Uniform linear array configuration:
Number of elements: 64
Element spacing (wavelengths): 0.5
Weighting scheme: kaiser
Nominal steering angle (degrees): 15
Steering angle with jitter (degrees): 14.98
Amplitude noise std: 0.05
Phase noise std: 0.05

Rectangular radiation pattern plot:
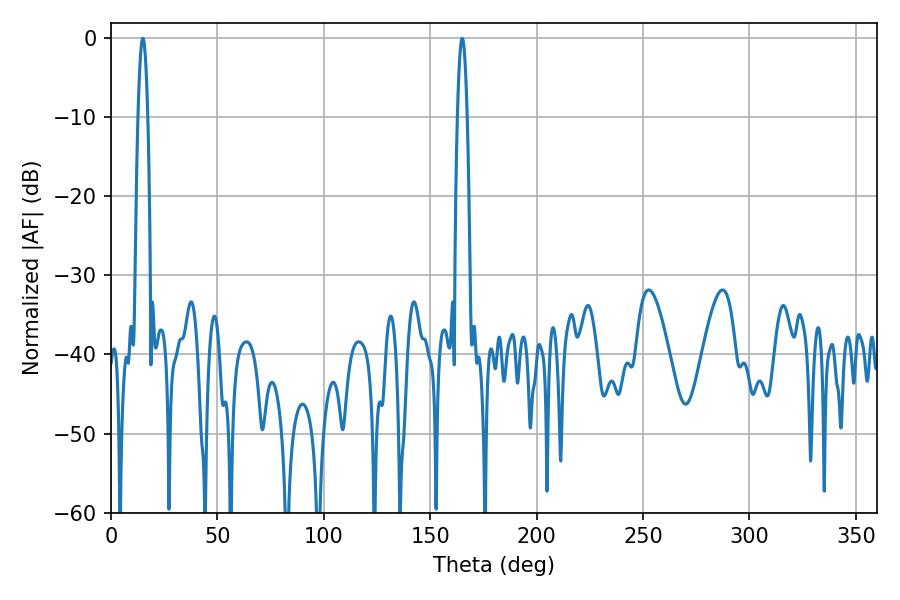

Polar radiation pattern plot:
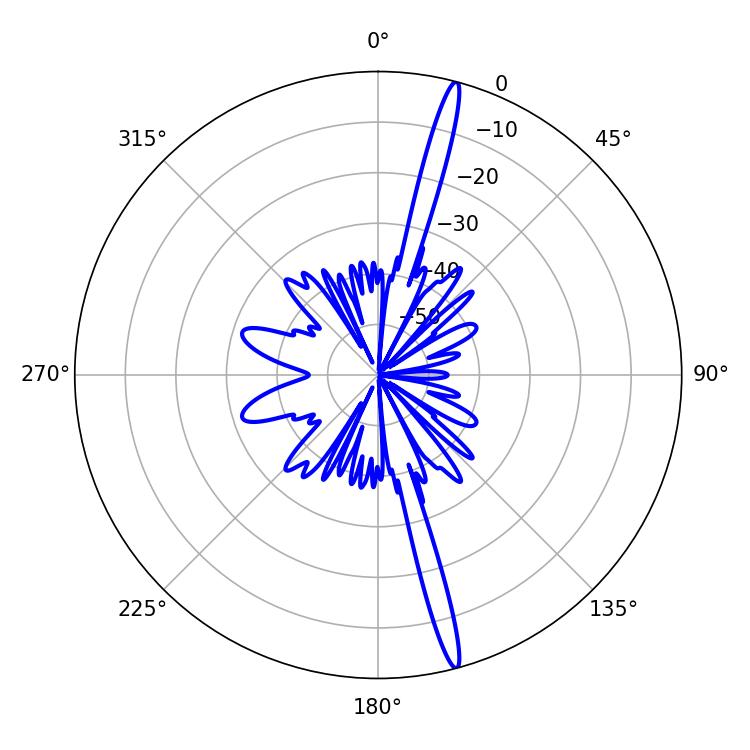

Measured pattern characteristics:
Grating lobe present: FALSE
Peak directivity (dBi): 19.102
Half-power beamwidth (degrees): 2.52
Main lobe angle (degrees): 14.94